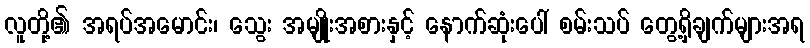
လူတို့၏ အရပ်အမောင်း၊ သွေး အမျိုးအစားနှင့် နောက်ဆုံးပေါ် စမ်းသပ် တွေ့ရှိချက်များအရ